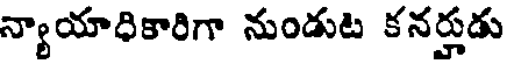
న్యాయాధికారిగా నుండుట కనర్హుడు